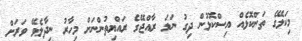
މިކަލޭގެ ތަންކޮޅެއް އިސްކޮޅުން ދިގު ނަމަ ރާއްޖޭގެ ރައްޔިތުންނަށް މިހާރު ނިދާލެވޭ ވަރަށް